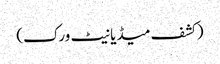
(کشف میڈیا نیٹ ورک)